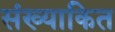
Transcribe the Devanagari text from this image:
संख्याकित